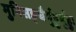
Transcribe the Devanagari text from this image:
मुनिसङ्घैर्मुहुर्मुहुः